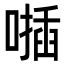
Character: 𠿂